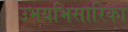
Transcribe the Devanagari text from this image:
उभयभिसारिका